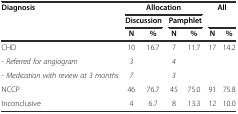
| <ROWSPAN=3> Diagnosis | <COLSPAN=4> Allocation | <COLSPAN=2> All |
 | <COLSPAN=2> Discussion | <COLSPAN=2> Pamphlet | <COLSPAN=2>  |
 | N | % | N | % | N | % |
 | --- | --- | --- | --- | --- | --- | --- |
 | CHD | 10 | 16.7 | 7 | 11.7 | 17 | 14.2 |
 | - Referred for angiogram | 3 |  | 4 |  |  |  |
 | - Medication with review at 3 months | 7 |  | 3 |  |  |  |
 | NCCP | 46 | 76.7 | 45 | 75.0 | 91 | 75.8 |
 | Inconclusive | 4 | 6.7 | 8 | 13.3 | 12 | 10.0 |